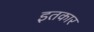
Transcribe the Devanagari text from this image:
इतकार